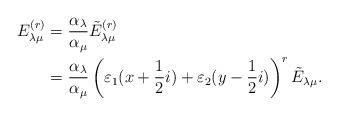
LaTeX: \begin{align*}E_{\lambda \mu}^{(r)} &= \dfrac{\alpha_{\lambda}}{\alpha_{\mu}} \tilde{E}_{\lambda \mu}^{(r)}\\&= \dfrac{\alpha_{\lambda}}{\alpha_{\mu}} \left( \varepsilon_1 (x + \dfrac{1}{2}i) + \varepsilon_2 (y - \dfrac{1}{2}i) \right)^{r} \tilde{E}_{\lambda \mu}.\end{align*}